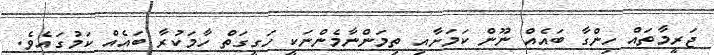
ޖަރީމާތައް ހިންގާ ބައެއް ނޫން ކަމަށާއި ތިމަންނާމެންނަކީ ހަގީގަތް ހާމަކުރާ ބައެއް ކަމުގައެވެ.